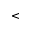
<